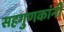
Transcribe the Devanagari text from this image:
सहगुणकांनी